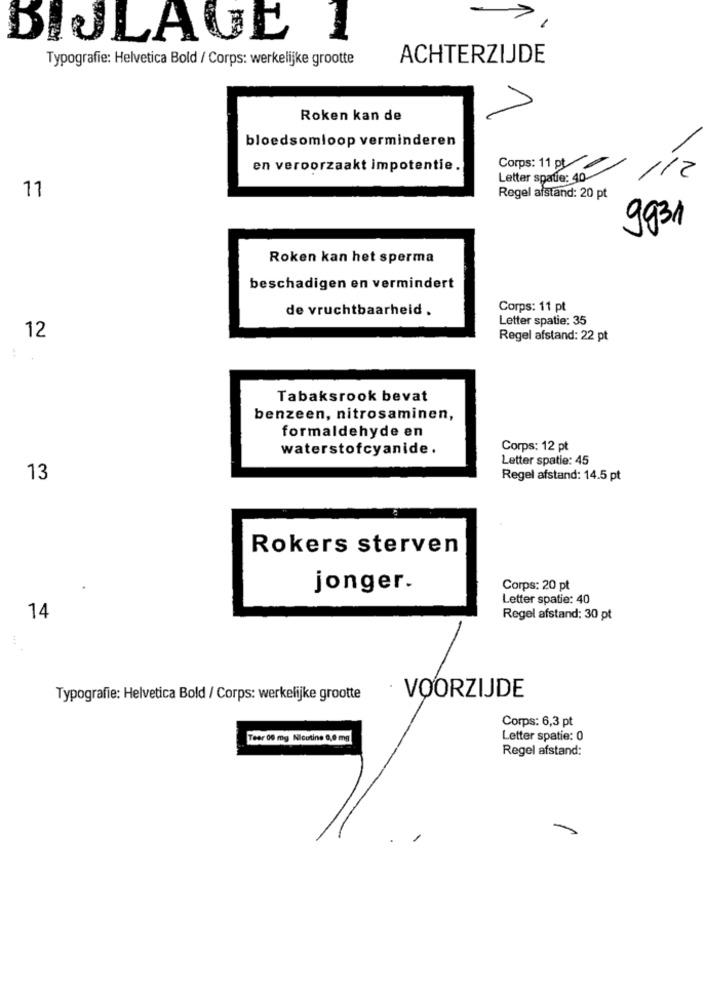
BIJLAGE
Typografie: Helvetica Bold / Corps: werkelijke grootte
ACHTERZIJDE
Roken kan de
bloedsomloop verminderen
en veroorzaakt impotentie.
Corps: 11 pt
Letter spatie: 40-
112
11
Regel afstand: 20 pt
9931
Roken kan het sperma
beschadigen en vermindert
de vruchtbaarheid .
Corps: 11 pt
Letter spatie: 35
12
Regel afstand: 22 pt
:
Tabaksrook bevat
benzeen, nitrosaminen,
formaldehyde en
waterstofcyanide.
Corps: 12 pt
Letter spatie: 45
13
Regel afstand: 14.5 pt
Rokers sterven
jonger.
Corps: 20 pt
Letter spatie: 40
14
Regel afstand: 30 pt
Typografie: Helvetica Bold / Corps: werkelijke grootte
· VOORZIJDE
Corps: 6,3 pt
Tear 00 mg Nicotine 0,0 mg
Letter spatie: 0
Regel afstand: